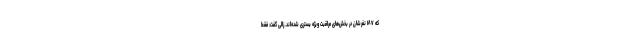
که ۱۸۷ نفرشان در بخش‌های مراقبت ویژه بستری شده‌اند. زالی گفت: فقط